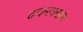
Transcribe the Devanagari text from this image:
दकरक्खस